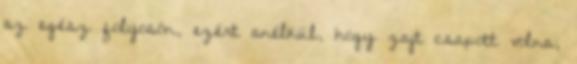
az egész folyosón, ezért anélkül, hogy zajt csapott volna,